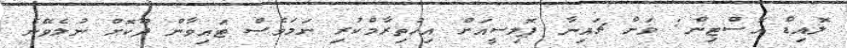
ލޮއިޑް އޮސްޓިން: ވަން ޗައިނާ ޕޮލިސީއަށް އިހުތިރާމްކުރި ނަމަވެސް ޓައިވާން ދޫކޮށް ނުލެވޭނެ